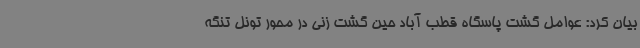
بیان کرد: عوامل گشت پاسگاه قطب آباد حین گشت زنی در محور تونل تنگه